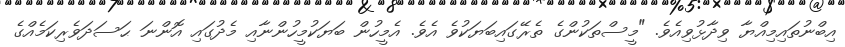
އިބްނުތައިމިއްޔާ ވިދާޅުވިއެވެ. "މީސްތަކުންގެ ތެރޭގައިބަޔަކުވެ އެވެ. އެމީހުން ބަޔަކުމީހުންނާއި މެދުގައި އޮންނަ ޙަސަދަވެރިކަމެއްގެ